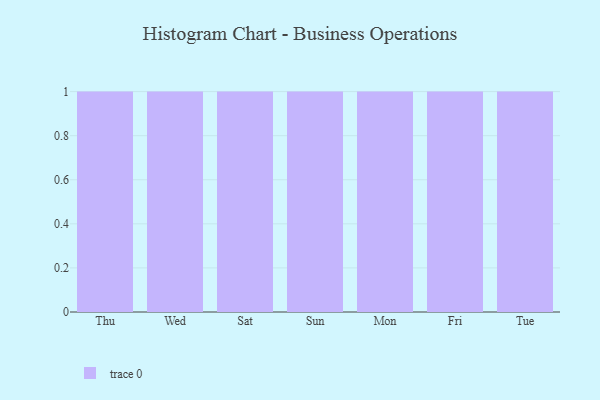
{"axis": {"x": "Day", "y": "Waste Production (Tons)"}, "legend": [""], "data": [{"x": "Thu", "y": 89, "type": ""}, {"x": "Wed", "y": 70, "type": ""}, {"x": "Sat", "y": 65, "type": ""}, {"x": "Sun", "y": 15, "type": ""}, {"x": "Mon", "y": 36, "type": ""}, {"x": "Fri", "y": 10, "type": ""}, {"x": "Tue", "y": 93, "type": ""}]}